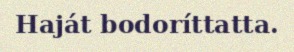
Haját bodoríttatta.